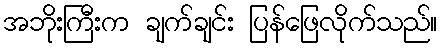
အဘိုးကြီးက ချက်ချင်း ပြန်ဖြေလိုက်သည်။